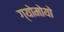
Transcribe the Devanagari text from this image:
ग्योमोयो